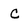
Character: C